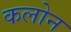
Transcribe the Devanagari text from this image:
कलोन